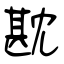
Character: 㽎